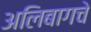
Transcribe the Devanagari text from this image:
अलिबागचे